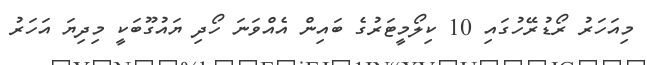
މިއަހަރު ރޯޑުރޭހުގައި 10 ކިލޯމީޓަރުގެ ބައިން އެއްވަނަ ހޯދި ޔައުގޫބަކީ މިދިޔަ އަހަރު